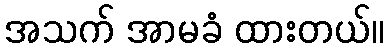
အသက် အာမခံ ထားတယ်။